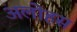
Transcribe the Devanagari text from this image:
अलोहस